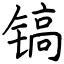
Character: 镐